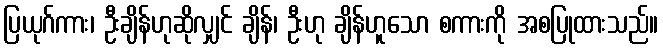
ပြယုဂ်ကား၊ ဦးချိန်ဟုဆိုလျှင် ချိန်၊ ဦးဟု ချိန်ဟူသော စကားကို အစပြုထားသည်။